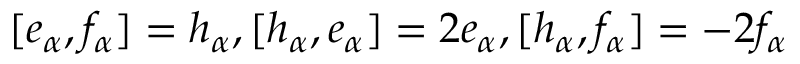
[ e _ { \alpha } , f _ { \alpha } ] = h _ { \alpha } , [ h _ { \alpha } , e _ { \alpha } ] = 2 e _ { \alpha } , [ h _ { \alpha } , f _ { \alpha } ] = - 2 f _ { \alpha }